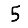
Digit: 5